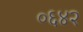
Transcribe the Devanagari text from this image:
०६४२